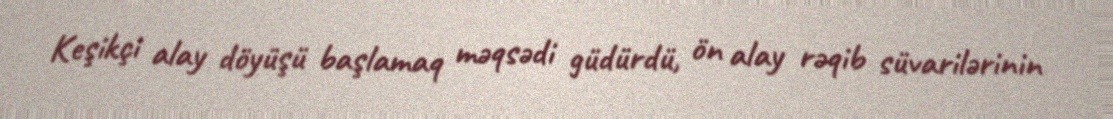
Keşikçi alay döyüşü başlamaq məqsədi güdürdü, ön alay rəqib süvarilərinin